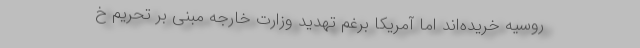
روسیه خریده‌اند اما آمریکا برغم تهدید وزارت خارجه مبنی بر تحریم خ